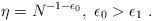
LaTeX: \begin{align*} \eta =N ^{-1-\epsilon_0}, \ \epsilon_0>\epsilon_1 \ .\end{align*}